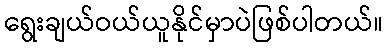
ရွေးချယ်ဝယ်ယူနိုင်မှာပဲဖြစ်ပါတယ်။